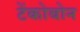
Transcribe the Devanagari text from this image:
टेंकोबोन